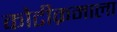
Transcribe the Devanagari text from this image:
कोटीक्रमाला